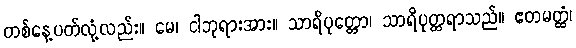
တစ်နေ့ပတ်လုံ့လည်း။ မေ၊ ငါဘုရားအား။ သာရိပုတ္တော၊ သာရိပုတ္တရာသည်။ ဧတမတ္ထံ၊